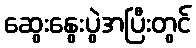
ဆွေးနွေးပွဲအပြီးတွင်